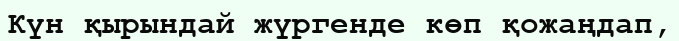
Күн қырындай жүргенде көп қожаңдап,